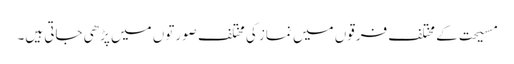
مسیحت کے مختلف فرقوں میں نماز کی مختلف صورتوں میں پڑھی جاتی ہیں۔